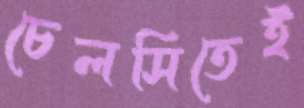
চেলসিতেই